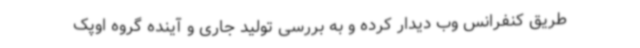
طریق کنفرانس وب دیدار کرده و به بررسی تولید جاری و آینده گروه اوپک